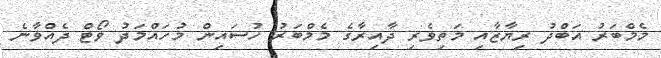
މެމްބަރު އަބްދު ރިޔާޒާއި މަތިވެރި ދާއިރާގެ މެމްބަރު ހުސައިން މުހައްމަދު ވޯޓް ދެއްވާނެ